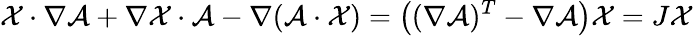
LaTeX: \mathcal{X}\cdot\nabla\mathcal{A}+\nabla\mathcal{X}\cdot\mathcal{A}-\nabla(\mathcal{A}\cdot\mathcal{X})=\left((\nabla\mathcal{A})^{T}-\nabla\mathcal{A}\right)\mathcal{X}=J\mathcal{X}